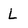
Character: L